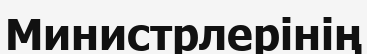
Министрлерінің